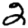
Digit: 2